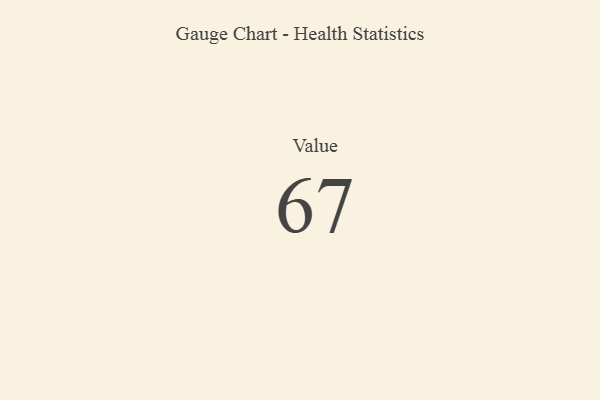
{"axis": {"x": "Metric", "y": "Value"}, "legend": [""], "data": [{"x": "Value", "y": 67, "type": ""}]}